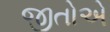
જીતોએ